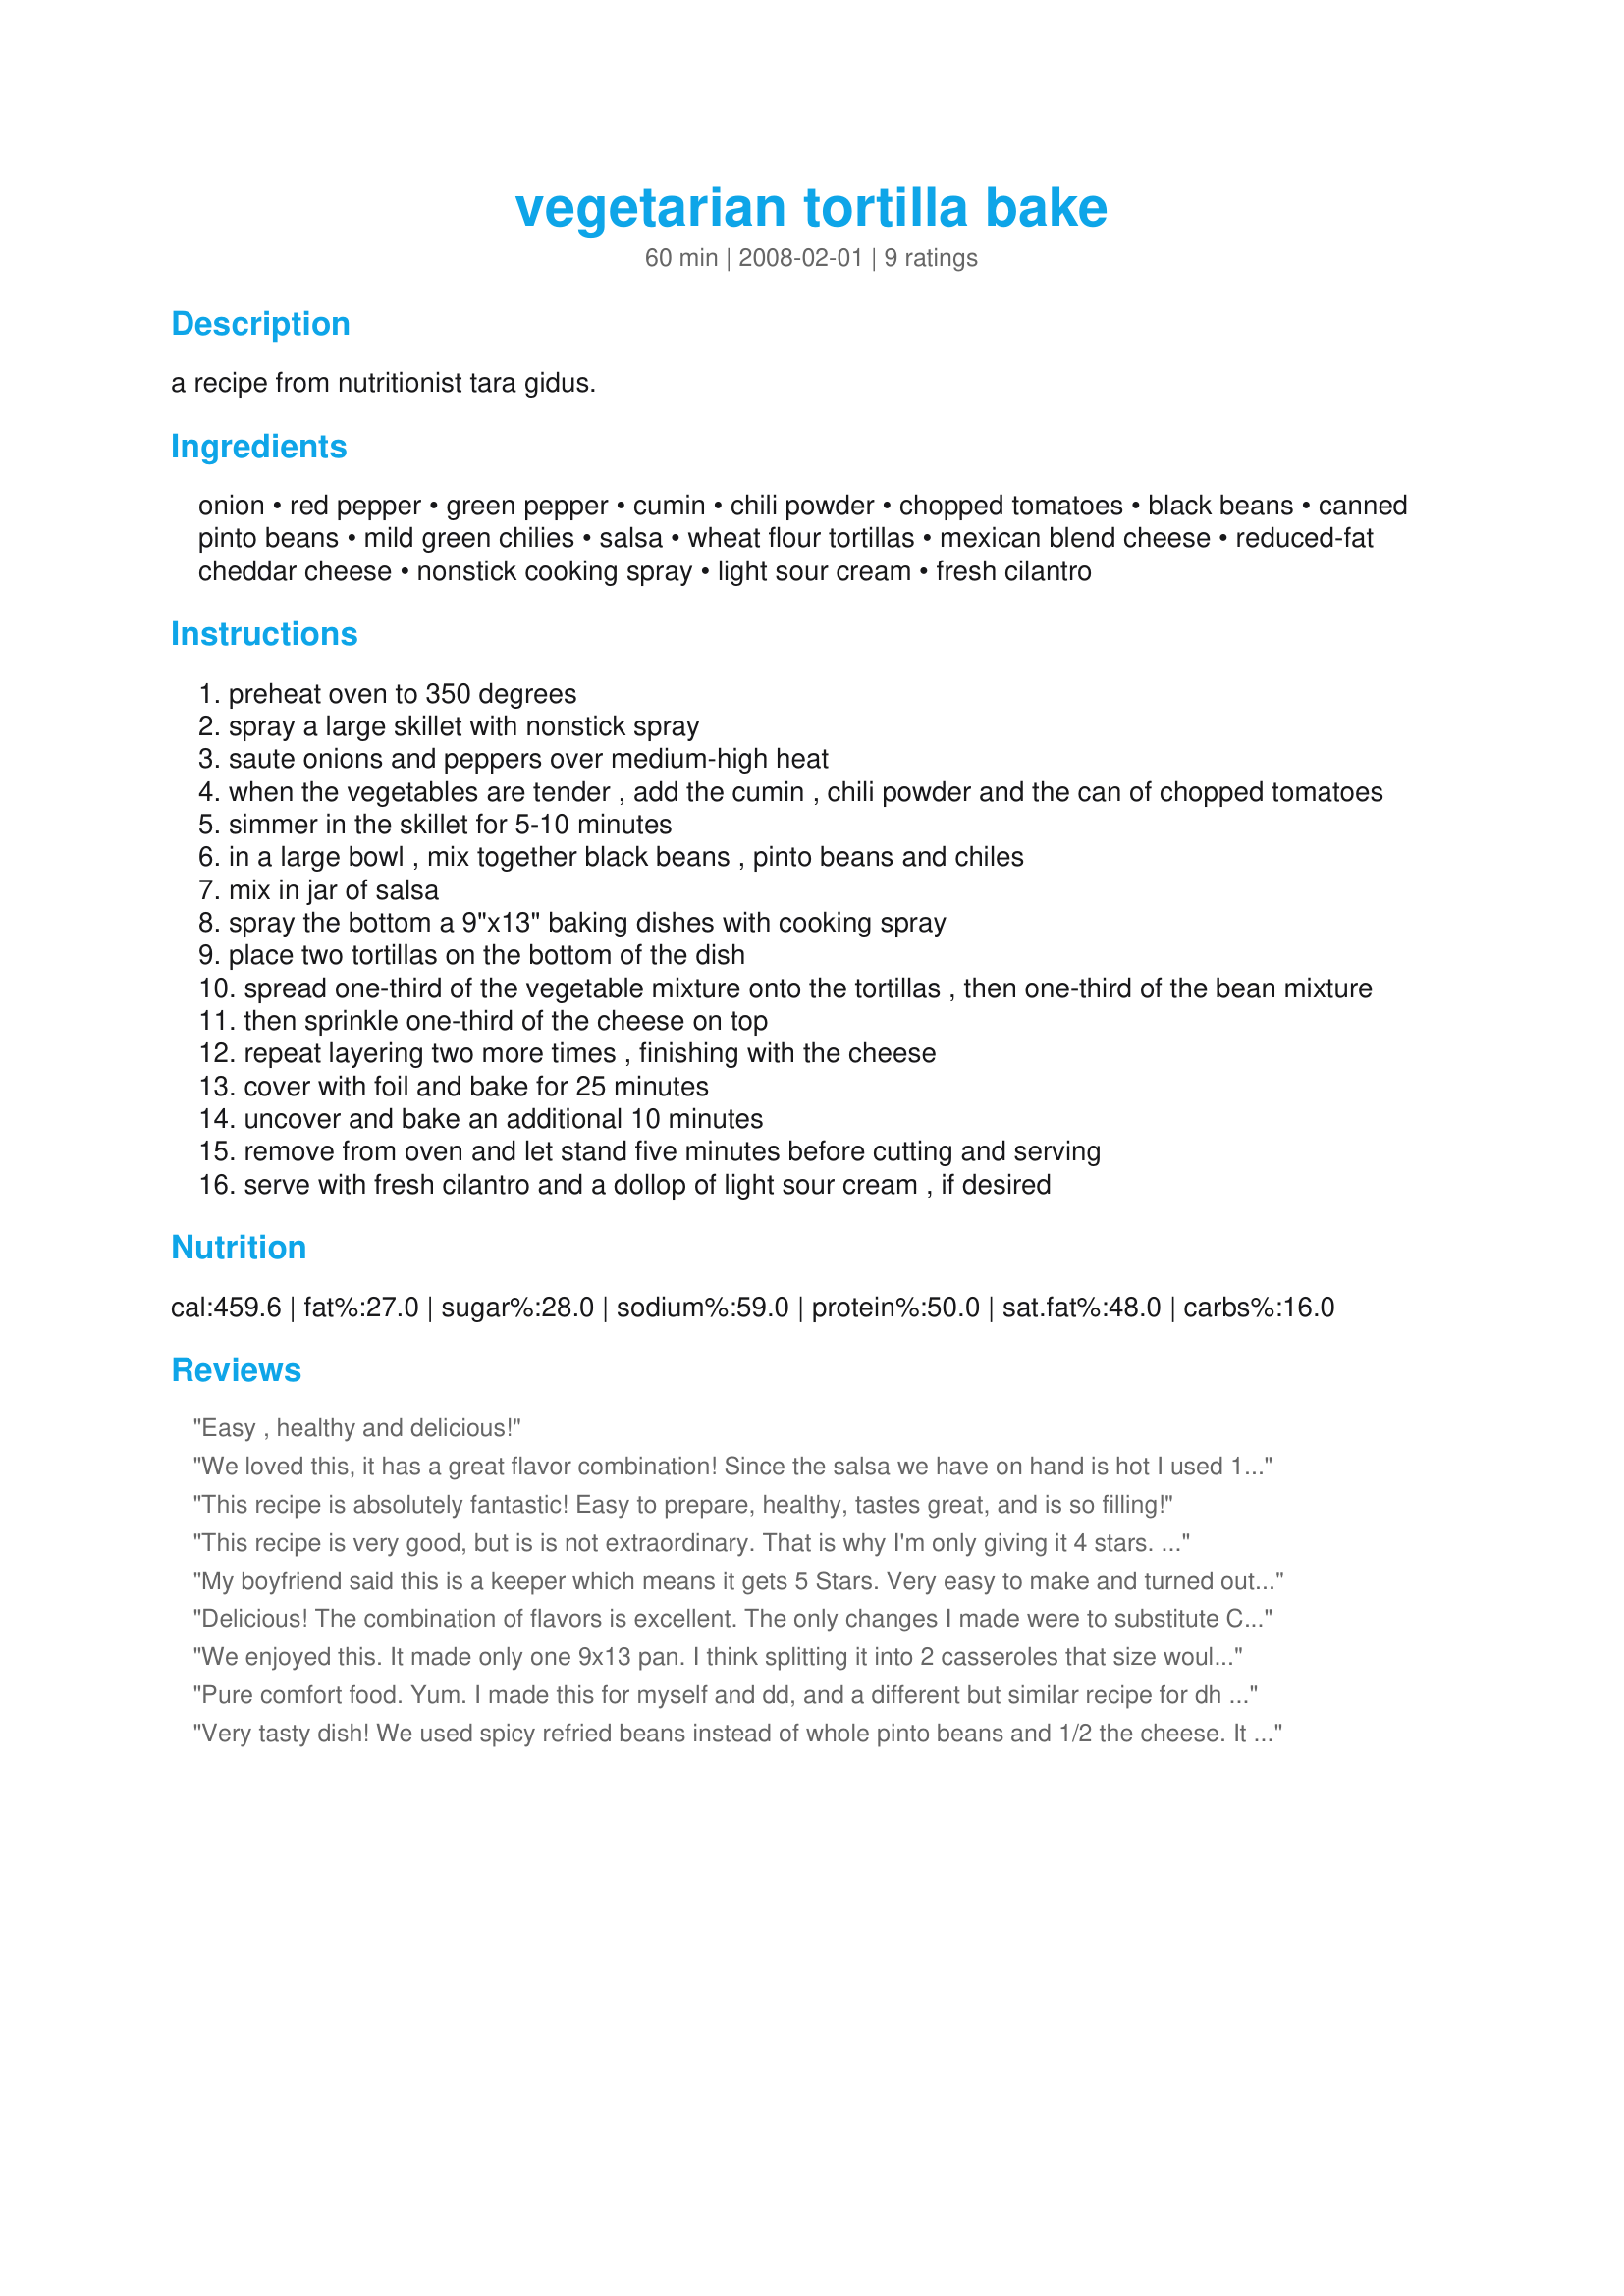
vegetarian tortilla bake
Preparation time: 60 minutes

a recipe from nutritionist tara gidus.

Ingredients:
onion, red pepper, green pepper, cumin, chili powder, chopped tomatoes, black beans, canned pinto beans, mild green chilies, salsa, wheat flour tortillas, mexican blend cheese, reduced-fat cheddar cheese, nonstick cooking spray, light sour cream, fresh cilantro

Steps:
preheat oven to 350 degrees
spray a large skillet with nonstick spray
saute onions and peppers over medium-high heat
when the vegetables are tender , add the cumin , chili powder and the can of chopped tomatoes
simmer in the skillet for 5-10 minutes
in a large bowl , mix together black beans , pinto beans and chiles
mix in jar of salsa
spray the bottom a 9"x13" baking dishes with cooking spray
place two tortillas on the bottom of the dish
spread one-third of the vegetable mixture onto the tortillas , then one-third of the bean mixture
then sprinkle one-third of the cheese on top
repeat layering two more times , finishing with the cheese
cover with foil and bake for 25 minutes
uncover and bake an additional 10 minutes
remove from oven and let stand five minutes before cutting and serving
serve with fresh cilantro and a dollop of light sour cream , if desired

Reviews:
Easy , healthy and delicious!
We loved this, it has a great flavor combination! Since the salsa we have on hand is hot I used 12 oz., and it was still nicely spicy. I also wanted to lower the fat, so I used reduced fat Irish cheddar only on top (1/2 cup for a half recipe) and it was still delicious. Topped it with nonfat sour cream and cilantro (which are musts!). I definitely recommend this if you like Mexican-inspired dishes!
This recipe is absolutely fantastic! Easy to prepare, healthy, tastes great, and is so filling!
This recipe is very good, but is is not extraordinary. That is why I'm only giving it 4 stars. I used canned fire roasted chopped tomatoes and they gave this casserole a wonderful flavor. I made this dish for a family dinner, with my children. Therefore, I used mild chilis and mild salsa. But, it could be made with hot chilis and salsa. This casserole is like a Mexican lasagna, with the tortillas acting as the noodles. It is tasty, healthy, and nutritious. I recommend it.
My boyfriend said this is a keeper which means it gets 5 Stars. Very easy to make and turned out delicious. The only thing I changed with this recipe was the last layer I did with crushed tortilla chips instead of more flat tortillas. I also did not chop my tortilla in to strips but laid them flat to make a pie. This recipe made 2 decent size dishes and reheats up well in the oven again as leftovers. Recommended as a cheap, easy, meat free meal.
Delicious! The combination of flavors is excellent. The only changes I made were to substitute Corn for the pinto beans and fire roasted diced tomatoes for the chopped tomatoes and to take out the shredded cheddar. I will definitely be making this again. Next time I might consider using two cans of tomatoes. Like another reviewer, I was only able to make one 9 x 13 dish.
We enjoyed this. It made only one 9x13 pan. I think splitting it into 2 casseroles that size would not have worked. We will definately have this again!
Pure comfort food. Yum. I made this for myself and dd, and a different but similar recipe for dh using meat.
Very tasty dish! We used spicy refried beans instead of whole pinto beans and 1/2 the cheese. It came out great!!!
